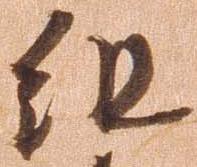
組